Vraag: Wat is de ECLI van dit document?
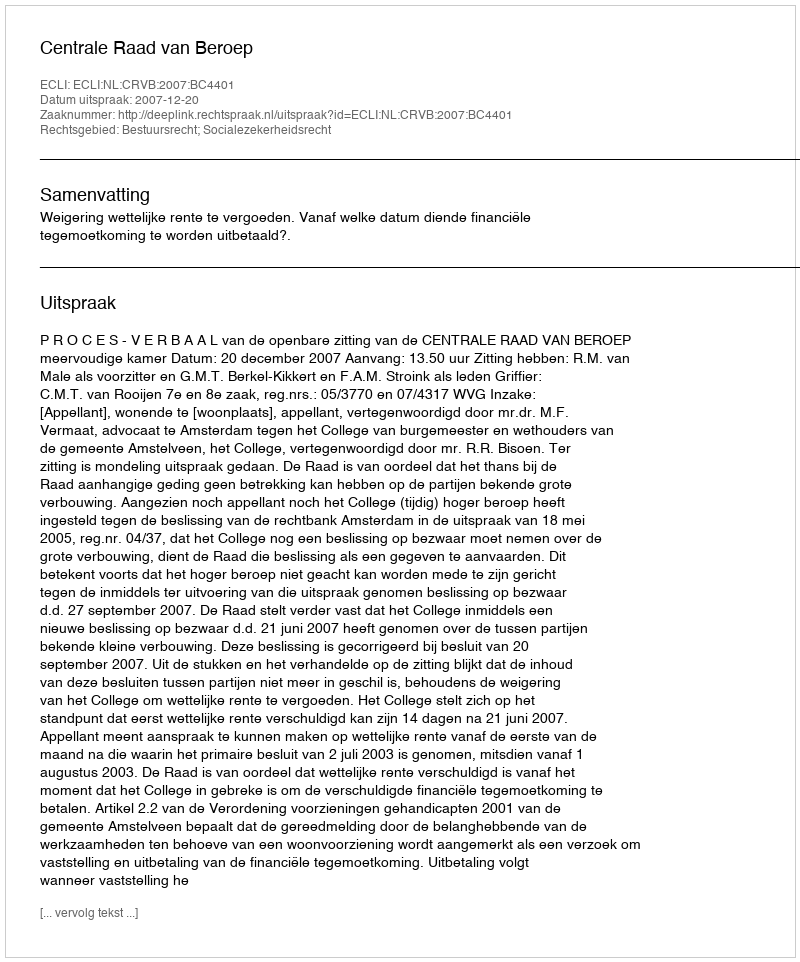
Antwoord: ECLI:NL:CRVB:2007:BC4401